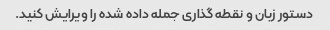
دستور زبان و نقطه گذاری جمله داده شده را ویرایش کنید.